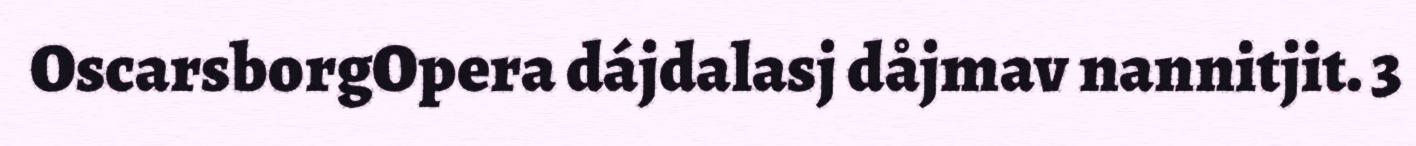
OscarsborgOpera dájdalasj dåjmav nannitjit. 3